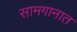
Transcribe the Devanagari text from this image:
सामगानात